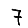
Digit: 7